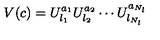
V ( c ) = U _ { l _ { 1 } } ^ { a _ { 1 } } U _ { l _ { 2 } } ^ { a _ { 2 } } \cdots U _ { l _ { N _ { l } } } ^ { a _ { N _ { l } } }